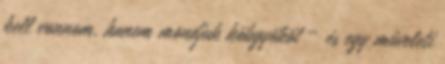
kell vonnom, hanem mondjuk köbgyököt – és egy műveleti